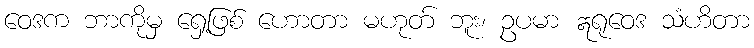
ဝေဒက ဘာကိုမှ ရှေ့ဖြစ် ဟောတာ မဟုတ် ဘူး၊ ဥပမာ ဣရုဝေဒ သံဟိတာ